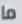
ما